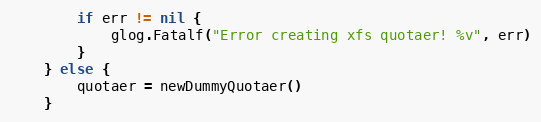
Language: Go
		if err != nil {
			glog.Fatalf("Error creating xfs quotaer! %v", err)
		}
	} else {
		quotaer = newDummyQuotaer()
	}